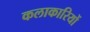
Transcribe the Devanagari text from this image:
कलाकारियों